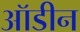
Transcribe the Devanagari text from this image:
ऑडीन